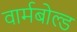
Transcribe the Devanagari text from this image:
वार्मबोल्ड